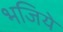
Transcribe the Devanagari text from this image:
भजिये